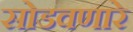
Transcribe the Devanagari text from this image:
सोडवणारे